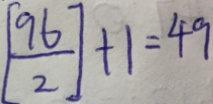
[ \frac { 9 6 } { 2 } ] + 1 = 4 9